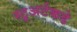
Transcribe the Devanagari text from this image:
स्टुअर्टकडे